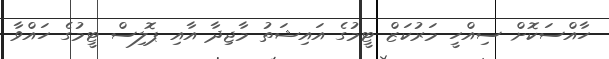
ހާއްސަކޮށް ސިއްހީ މަރުކަޒް ޓީމުގެ އައިޝަތު މާޖިދާ އާއި ޕޮލިސް ޓީމުގެ ހައްވާ